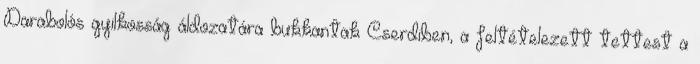
Darabolós gyilkosság áldozatára bukkantak Cserdiben, a feltételezett tettest a